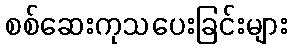
စစ်ဆေးကုသပေးခြင်းများ